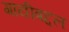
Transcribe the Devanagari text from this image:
गायीबद्दल